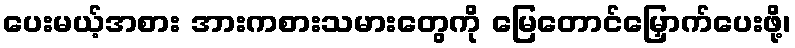
ပေးမယ့်အစား အားကစားသမားတွေကို မြေတောင်မြှောက်ပေးဖို့၊